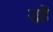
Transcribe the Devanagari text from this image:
उहें